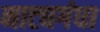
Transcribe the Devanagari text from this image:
नाट्यगंधा